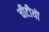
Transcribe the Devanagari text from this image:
चीटीयों